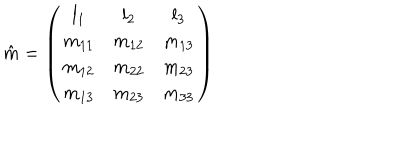
\hat { m } = \left( \begin{array} { c c c } { { l _ { 1 } } } & { { l _ { 2 } } } & { { l _ { 3 } } } \\ { { m _ { 1 1 } } } & { { m _ { 1 2 } } } & { { m _ { 1 3 } } } \\ { { m _ { 1 2 } } } & { { m _ { 2 2 } } } & { { m _ { 2 3 } } } \\ { { m _ { 1 3 } } } & { { m _ { 2 3 } } } & { { m _ { 3 3 } } } \\ \end{array} \right)